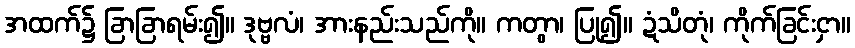
အထက်၌ ခြာခြာရမ်း၍။ ဒုဗ္ဗလံ၊ အားနည်းသည်ကို။ ကတွာ၊ ပြု၍။ ဍံသိတုံ၊ ကိုက်ခြင်းငှာ။